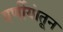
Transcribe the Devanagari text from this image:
वर्णीयांतून